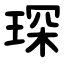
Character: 琛